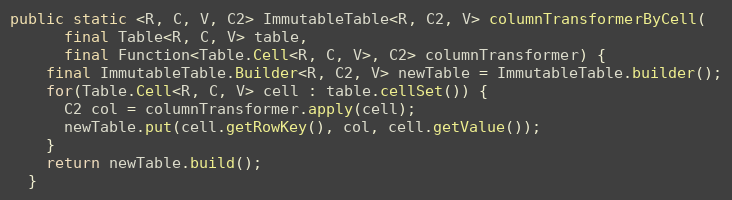
Language: Java
public static <R, C, V, C2> ImmutableTable<R, C2, V> columnTransformerByCell(
      final Table<R, C, V> table,
      final Function<Table.Cell<R, C, V>, C2> columnTransformer) {
    final ImmutableTable.Builder<R, C2, V> newTable = ImmutableTable.builder();
    for(Table.Cell<R, C, V> cell : table.cellSet()) {
      C2 col = columnTransformer.apply(cell);
      newTable.put(cell.getRowKey(), col, cell.getValue());
    }
    return newTable.build();
  }